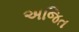
અજિત